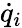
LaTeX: {\dot{q}}_{i}